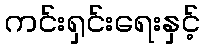
ကင်းရှင်းရေးနှင့်